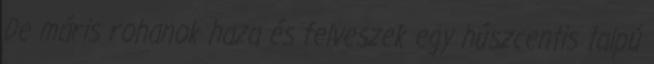
De máris rohanok haza és felveszek egy húszcentis talpú